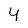
Character: y